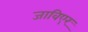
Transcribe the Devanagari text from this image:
जाविएर